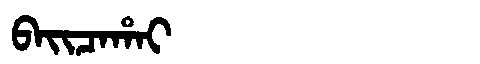
Manchu: ᠪᠠᡳᠴᠠᡥᠠᡳ
Romanization: BAICAHAI